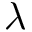
\lambda